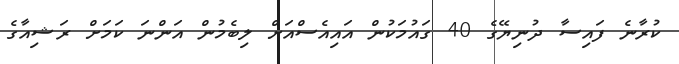
ކުރާނެ ފައިސާ ދުނިޔޭގެ 40 ގައުމަކުން އައިއެސްއަށް ލިބެމުން އަންނަ ކަމަށް ރަޝިއާގެ